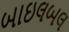
બાઇલબલ